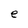
Character: e